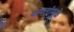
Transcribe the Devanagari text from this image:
क्षमतांमुळे